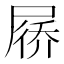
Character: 𪨗